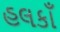
હલકાઁ